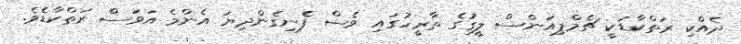
ދެއްކި ރަތްކާޑަކީ ޗެމްޕިއަންސް ލީގުގެ ތާރީހުގައި ވެސް ފެނިގެންދިޔަ އެންމެ އަވަސް ރަތްކާޑެވެ.